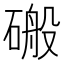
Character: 䃑